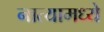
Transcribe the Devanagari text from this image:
नात्यामध्ये